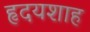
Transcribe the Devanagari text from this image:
हृदयशाह